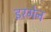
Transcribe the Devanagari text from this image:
इरगेन